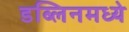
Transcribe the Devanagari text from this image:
डब्लिनमध्ये